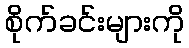
စိုက်ခင်းများကို